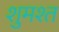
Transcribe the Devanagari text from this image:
शुमश्त